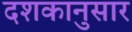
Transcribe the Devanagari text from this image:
दशकानुसार